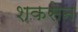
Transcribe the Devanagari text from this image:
शकसेन